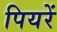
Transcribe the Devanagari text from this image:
पियरें